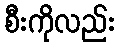
စီးကိုလည်း